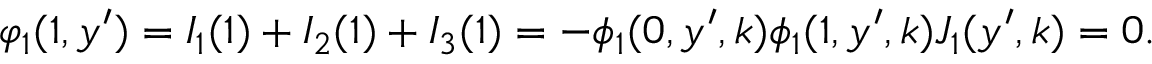
\begin{array} { r } { \varphi _ { 1 } ( 1 , y ^ { \prime } ) = I _ { 1 } ( 1 ) + I _ { 2 } ( 1 ) + I _ { 3 } ( 1 ) = - \phi _ { 1 } ( 0 , y ^ { \prime } , k ) \phi _ { 1 } ( 1 , y ^ { \prime } , k ) J _ { 1 } ( y ^ { \prime } , k ) = 0 . } \end{array}